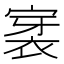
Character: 𮖊